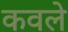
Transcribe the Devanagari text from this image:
कवले